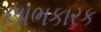
લાભકારક